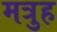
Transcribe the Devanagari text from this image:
मत्रुह